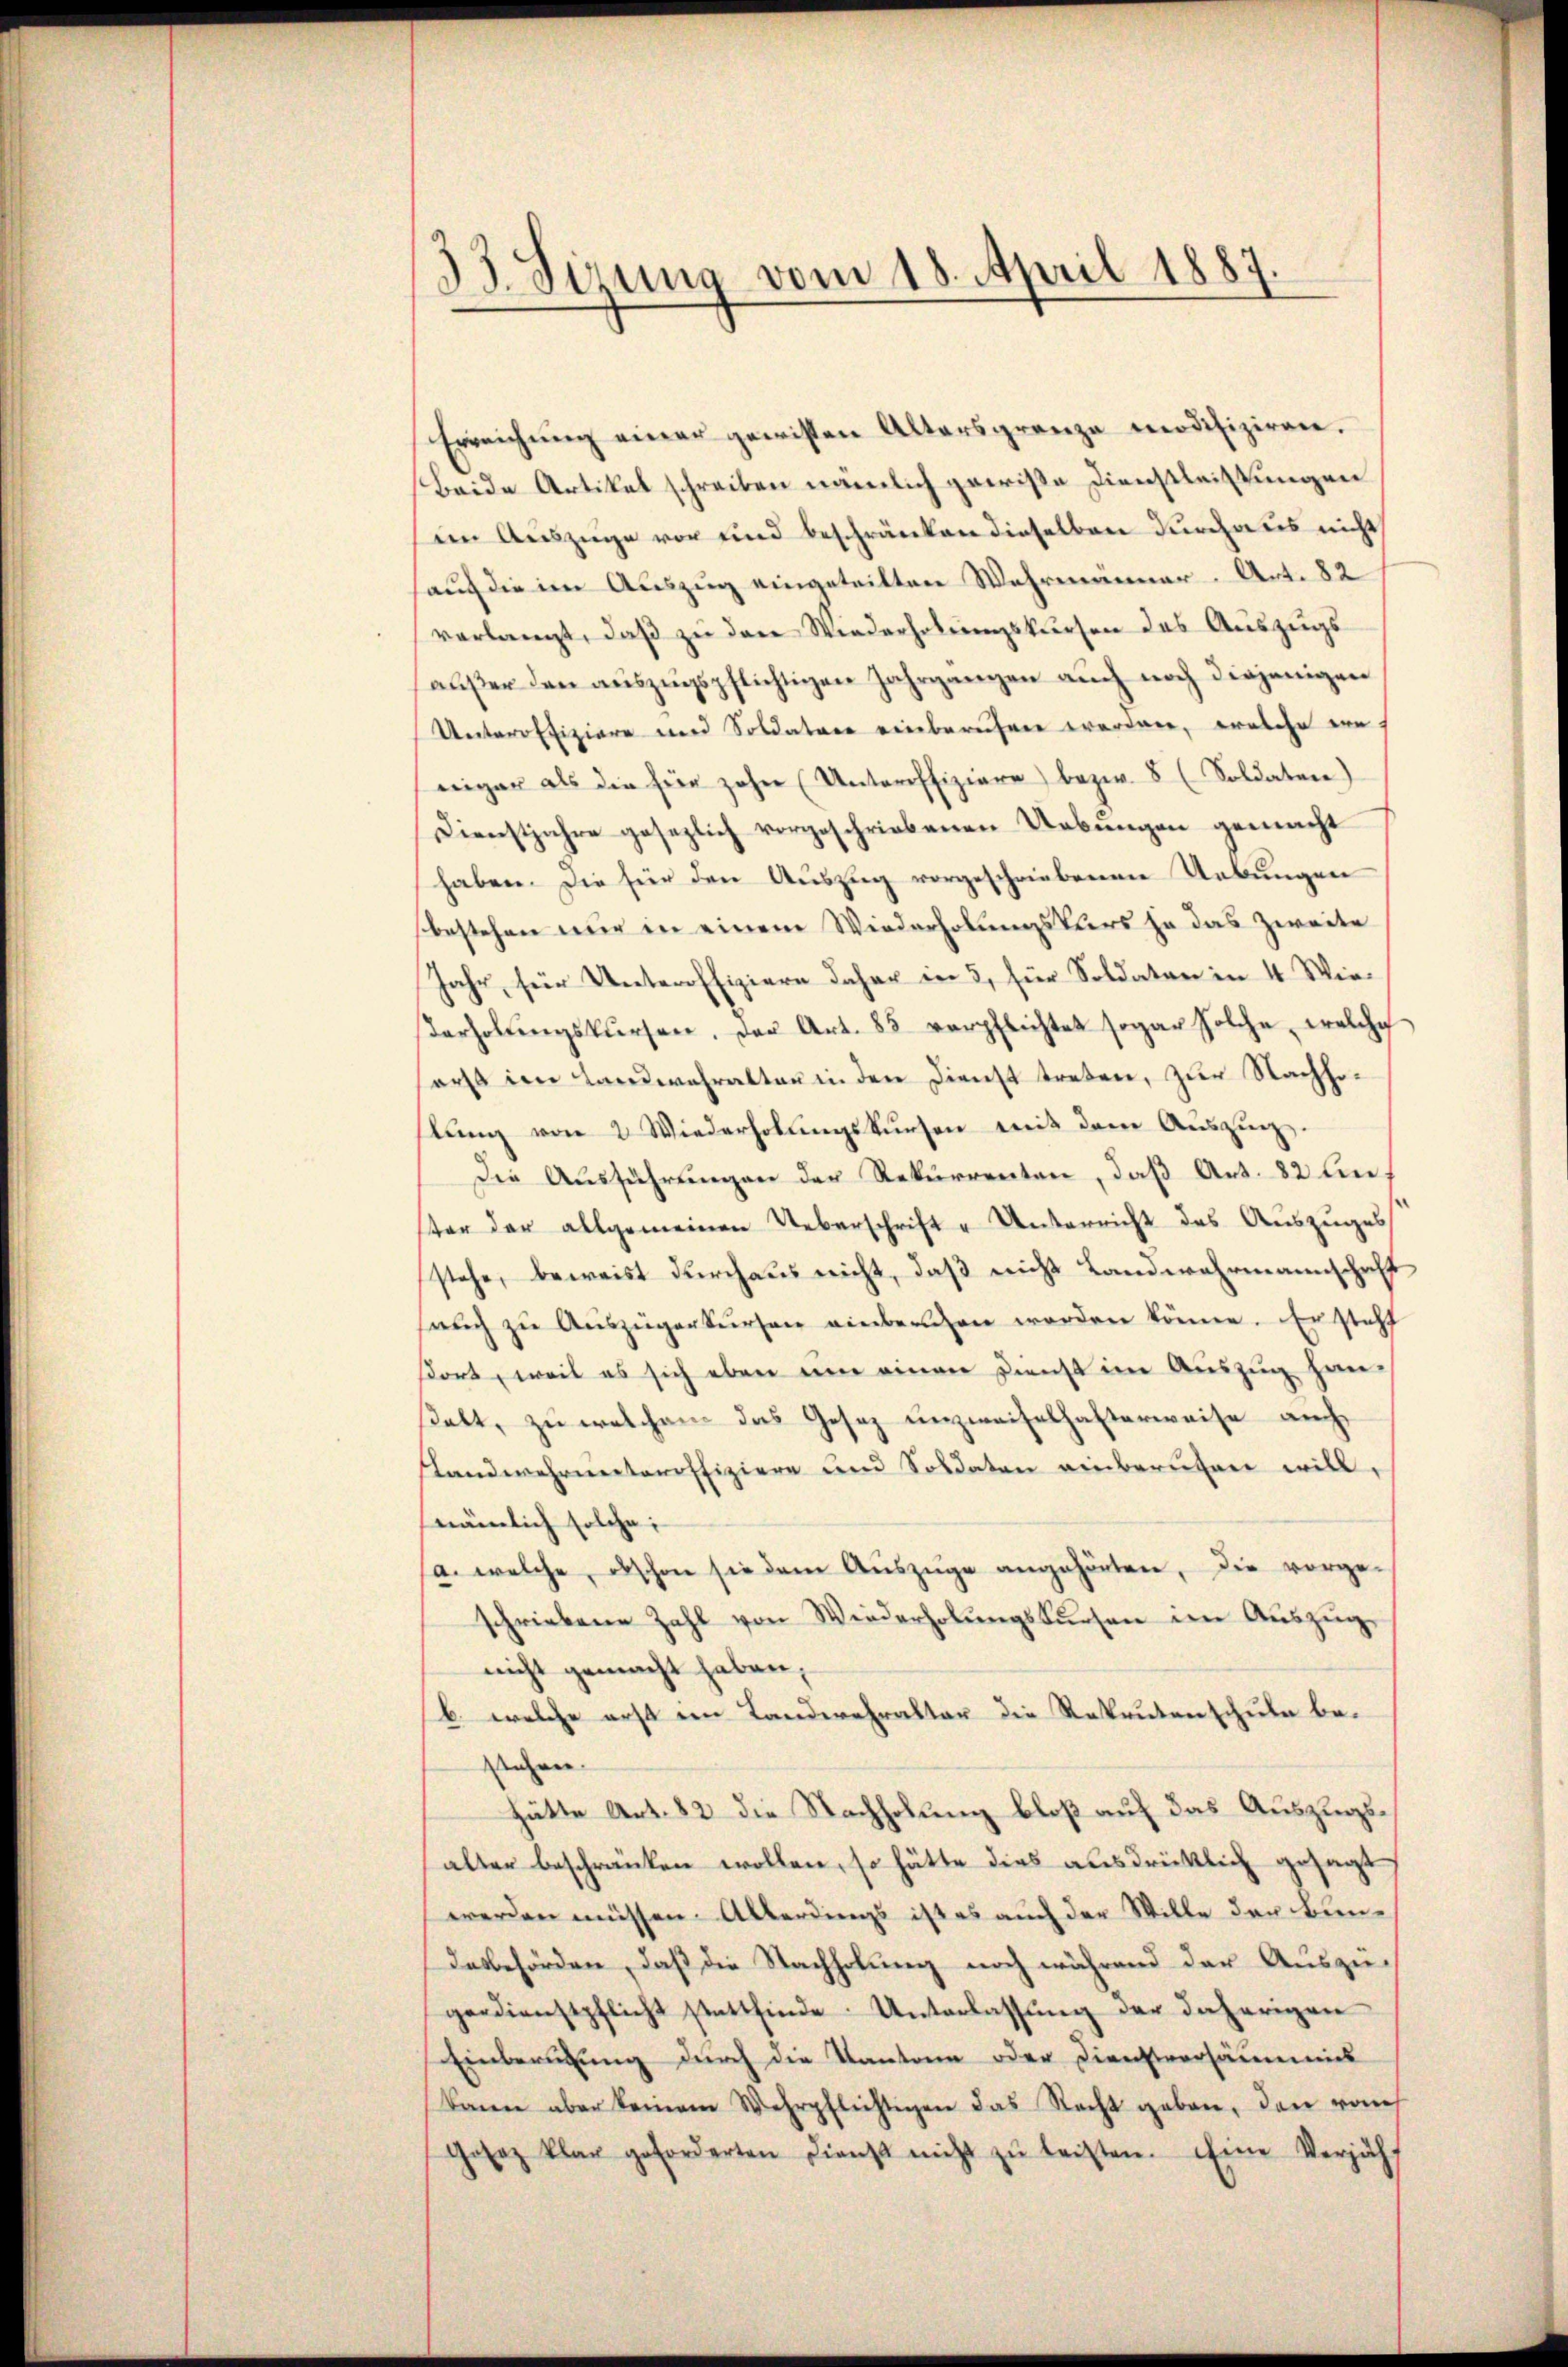
33. Sizung vom 18. April 1887.

Erreichŭng einer gewissen Altersgrenze modifiziren.
Beide Artikel schreiben nämlich gewiße Dienstleistungen
im Auszüge vor und beschränken dieselben durchaus nicht
auch die im Auszug eingeteilten Wahrmänner. Art. 82
verlangt, daβ zŭ den Wiederholungskursen des Auszugs
außer den auszugspflichtigen Jahrgangen auch noch diejenigen
Unteroffiziere und Soldatare einberuhen worden, welche weniger als die für zehn (Unteroffiziere) bezw. 8 (Soldaten)
Dienstjahre gesezlich vorgeschriebenen Uebungen gemacht
haben. Die für den Auszug vorgeschriebenen Uebungen
bestehen nur in einem Wiederholungskurs ja das Zweite
Jahr, für Unteroffiziere daher in 5, für Soldaten in 4 Wieerholŭngskursen. Der Art. 85 verpflichtet sogar solche, welche
erst im Landwehralten in den Dienst treten, zur Nachholung von 2 Wiederholungskursen mit dem Auszugs¬
Die Ausführungen der Rekurrenten, daß Art. 82 lester der allgemeinen Ueberschrift u Unterricht des Auszuges
stehe, beweist durchaus nicht, daß nicht Landwehrmannschaft
auch zu Auszügerkursen einberuhen worden könne. Er steht
ßort, weil es sich eben um einen Dienst im Auszug hanßelt, zu welchem das Gesez unzweifelhafterweise auch
slandwehrunteroffiziere und Soldaten einberuhen will,
nämlich solche
(a. welche, obschon sie dem Auszüge angehörten, die vorge-
schriebene Zahl von Wiederholungskursen im Auszug,
nicht gemacht haben,
b. welche erst im Landerehraltar die Rekrutenschule be-
ahren
hätte Art. 82 die Nachholung bloß auf das Auszugsalter beschränken wollen, so hätte dies ausdrücklich gesagt,
werden müssen. Allerdings ist es auch der Wille der Bundesbehörden, daß die Nachholung noch während der Auszügerdienstpflicht stattfinde. Unterlassŭng der daherigen
Einberufung durch die Kantone oder Dienstversäumnis
kann aber keinem Wehrpflichtigen das Recht geben, den roch
Gosaz klar geforderten Dienst nicht zŭ leisten. Eine Verjäh-